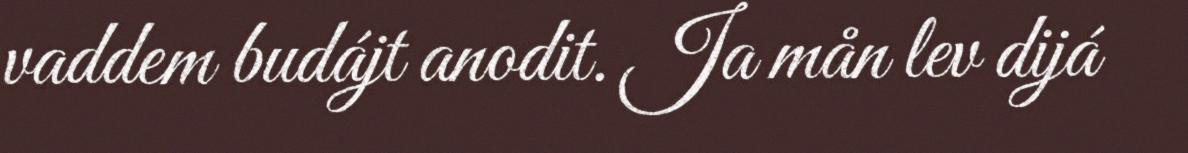
vaddem budájt anodit. Ja mån lev dijá